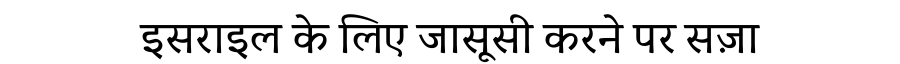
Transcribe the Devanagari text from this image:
इसराइल के लिए जासूसी करने पर सज़ा